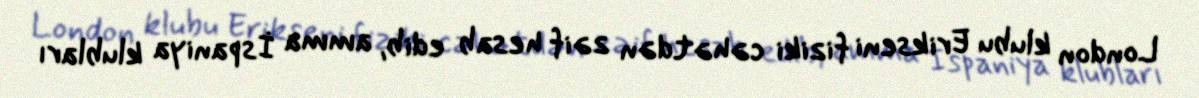
London klubu Erikseni fiziki cəhətdən zəif hesab edib, amma İspaniya klubları